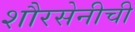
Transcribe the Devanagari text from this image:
शौरसेनीची